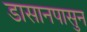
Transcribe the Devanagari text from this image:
डासानपासुन